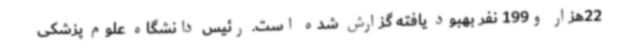
22هزار و199 نفر بهبود یافته گزارش شده است. رئیس دانشگاه علوم پزشکی